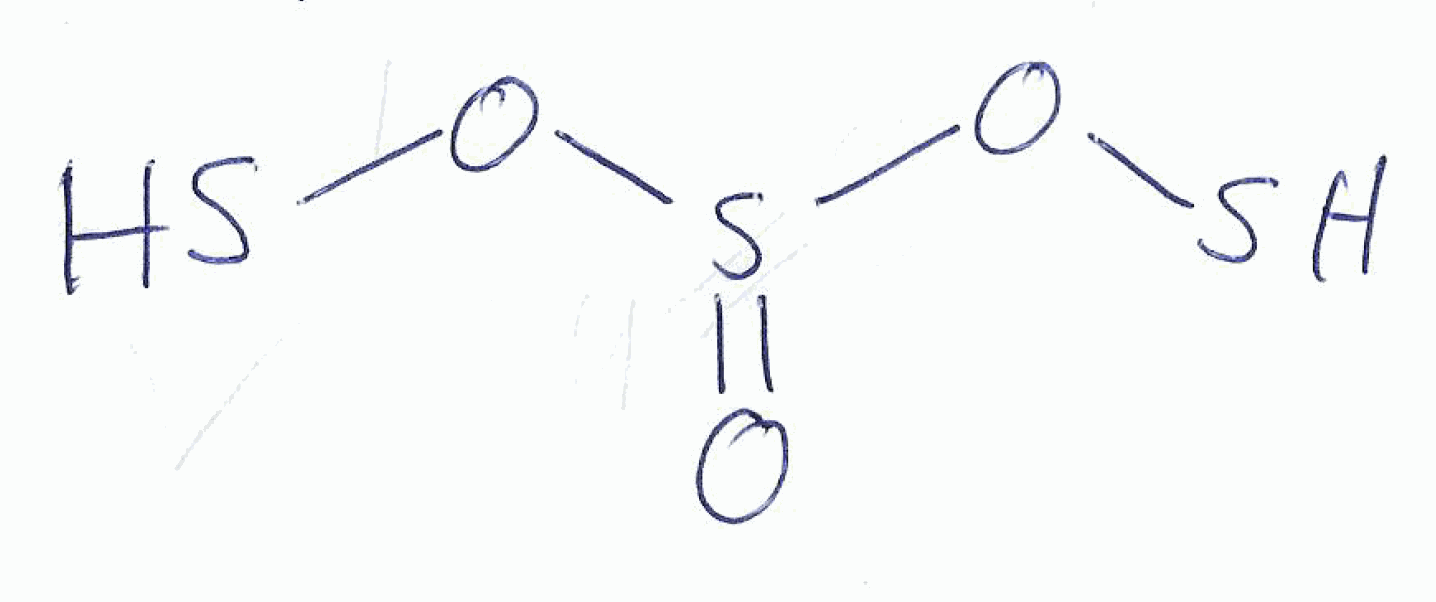
Simplified molecular-input line-entry system (SMILES) notation of the given molecule:
O=S(OS)OS